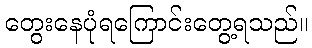
တွေးနေပုံရကြောင်းတွေ့ရသည်။